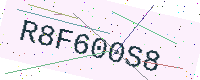
Text: R8F600S8